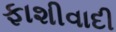
ફાશીવાદી